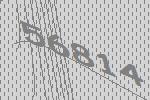
56814